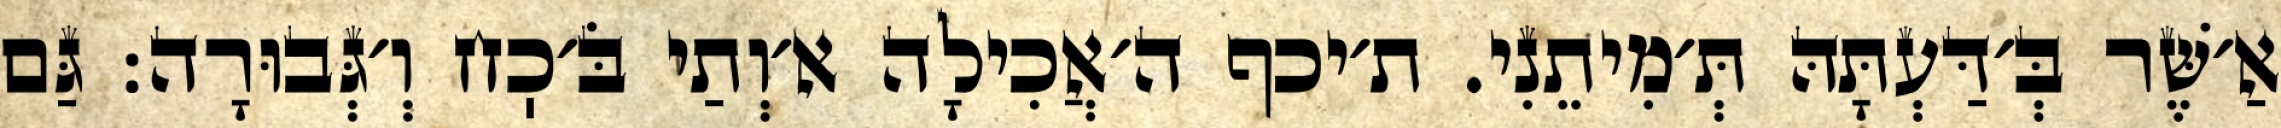
אַ׳שֶּׁר בְּ׳דַּעְתָּהּ תְּ׳מִיתֵנִי. ת׳יכף ה׳אֲכִילָה א׳וְתַי בֹּ׳כֽח וְ׳גְּבוּרָה: גַּם